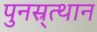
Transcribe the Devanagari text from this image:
पुनस्र्त्थान